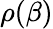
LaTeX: \rho(\beta)